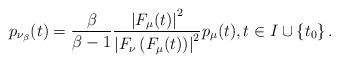
LaTeX: \begin{align*}p_{\nu_{\beta}}(t)=\frac{\beta}{\beta-1}\frac{\left|F_{\mu}(t)\right|^{2}}{\left|F_{\nu}\left(F_{\mu}(t)\right)\right|^{2}}p_{\mu}(t),t\in I\cup\left\{ t_{0}\right\} .\end{align*}